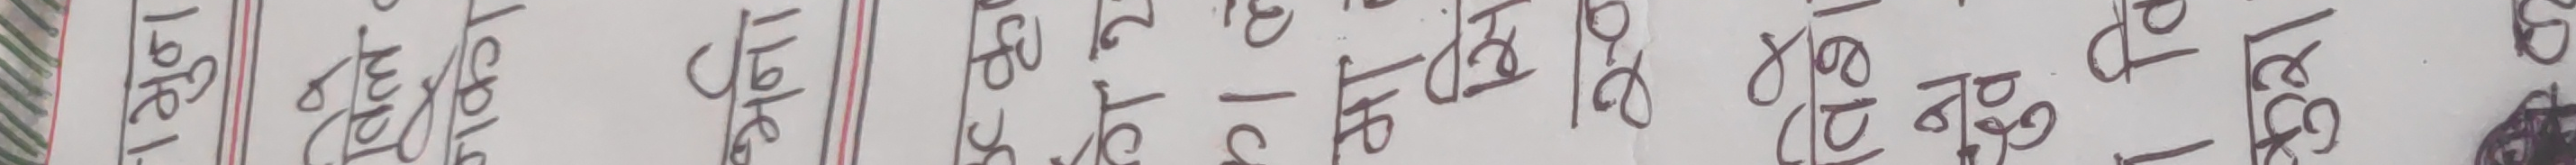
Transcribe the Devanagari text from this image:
१८८३/१०/१९